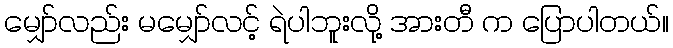
မျှော်လည်း မမျှော်လင့် ရဲပါဘူးလို့ အားတီ က ပြောပါတယ်။